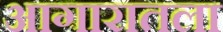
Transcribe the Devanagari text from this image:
आगारातला